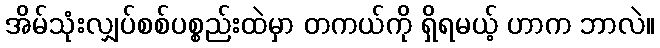
အိမ်သုံးလျှပ်စစ်ပစ္စည်းထဲမှာ တကယ်ကို ရှိရမယ့် ဟာက ဘာလဲ။